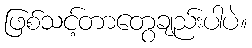
ဖြစ်သင့်တာတွေချည်းပါပဲ။